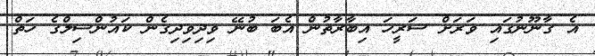
އެ ގާނޫނުގައި ވަރަށް ސަރީހަ އިބާރާތުން އެބަ ބުނޭ ވިދިވިދިގެން ކައުންސިލްގެ ހަތް